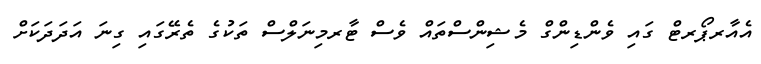
އެއާރޕޯރޓް ގައި ވެންޑިންގް މެޝިންސްތައް ވެސް ޓާރމިނަލްސް ތަކުގެ ތެރޭގައި ގިނަ އަދަދަކަށް